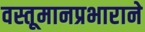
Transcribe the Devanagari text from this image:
वस्तूमानप्रभाराने